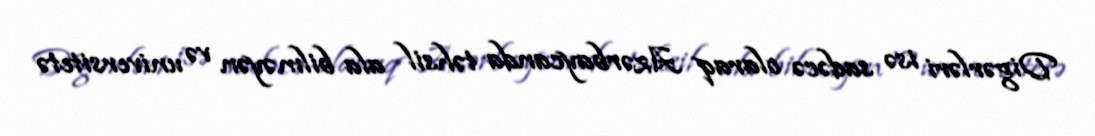
Digərləri isə sadəcə olaraq Azərbaycanda təhsil ala bilməyən və universitetə